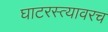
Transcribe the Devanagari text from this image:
घाटरस्त्यावरच